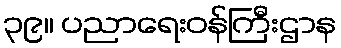
၃၉။ ပညာရေးဝန်ကြီးဌာန